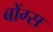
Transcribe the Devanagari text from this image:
बोंग्स